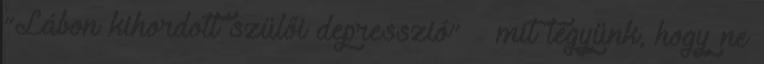
“Lábon kihordott szülői depresszió” – mit tegyünk, hogy ne